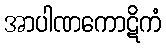
အာပါဏကောဋိကံ